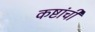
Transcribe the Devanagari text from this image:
कष्टांची